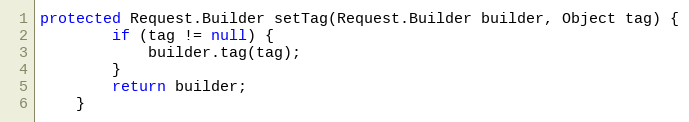
Language: Java
protected Request.Builder setTag(Request.Builder builder, Object tag) {
        if (tag != null) {
            builder.tag(tag);
        }
        return builder;
    }